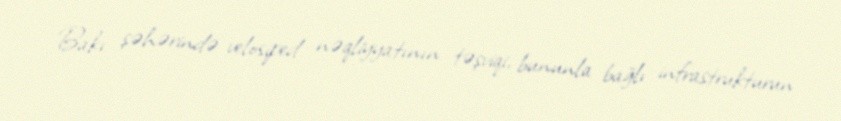
Bakı şəhərində velosiped nəqliyyatının təşviqi, bununla bağlı infrastrukturun